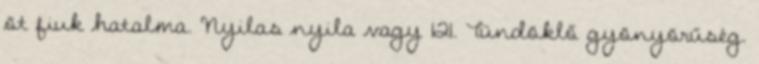
öt fiuk hatalma. Nyilas nyila vagy 121. Tündöklő gyönyörűség.